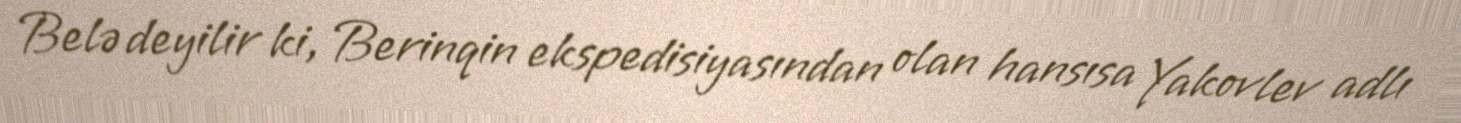
Belə deyilir ki, Berinqin ekspedisiyasından olan hansısa Yakovlev adlı